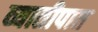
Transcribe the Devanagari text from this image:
व्यातीपात